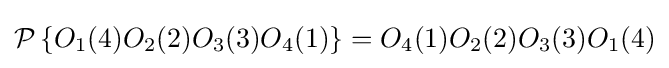
{\mathcal {P}}\left\{O_{1}(4)O_{2}(2)O_{3}(3)O_{4}(1)\right\}=O_{4}(1)O_{2}(2)O_{3}(3)O_{1}(4)